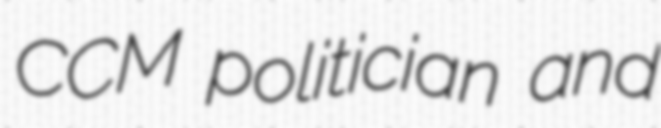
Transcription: CCM politician and